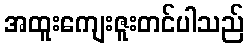
အထူးကျေးဇူးတင်ပါသည်